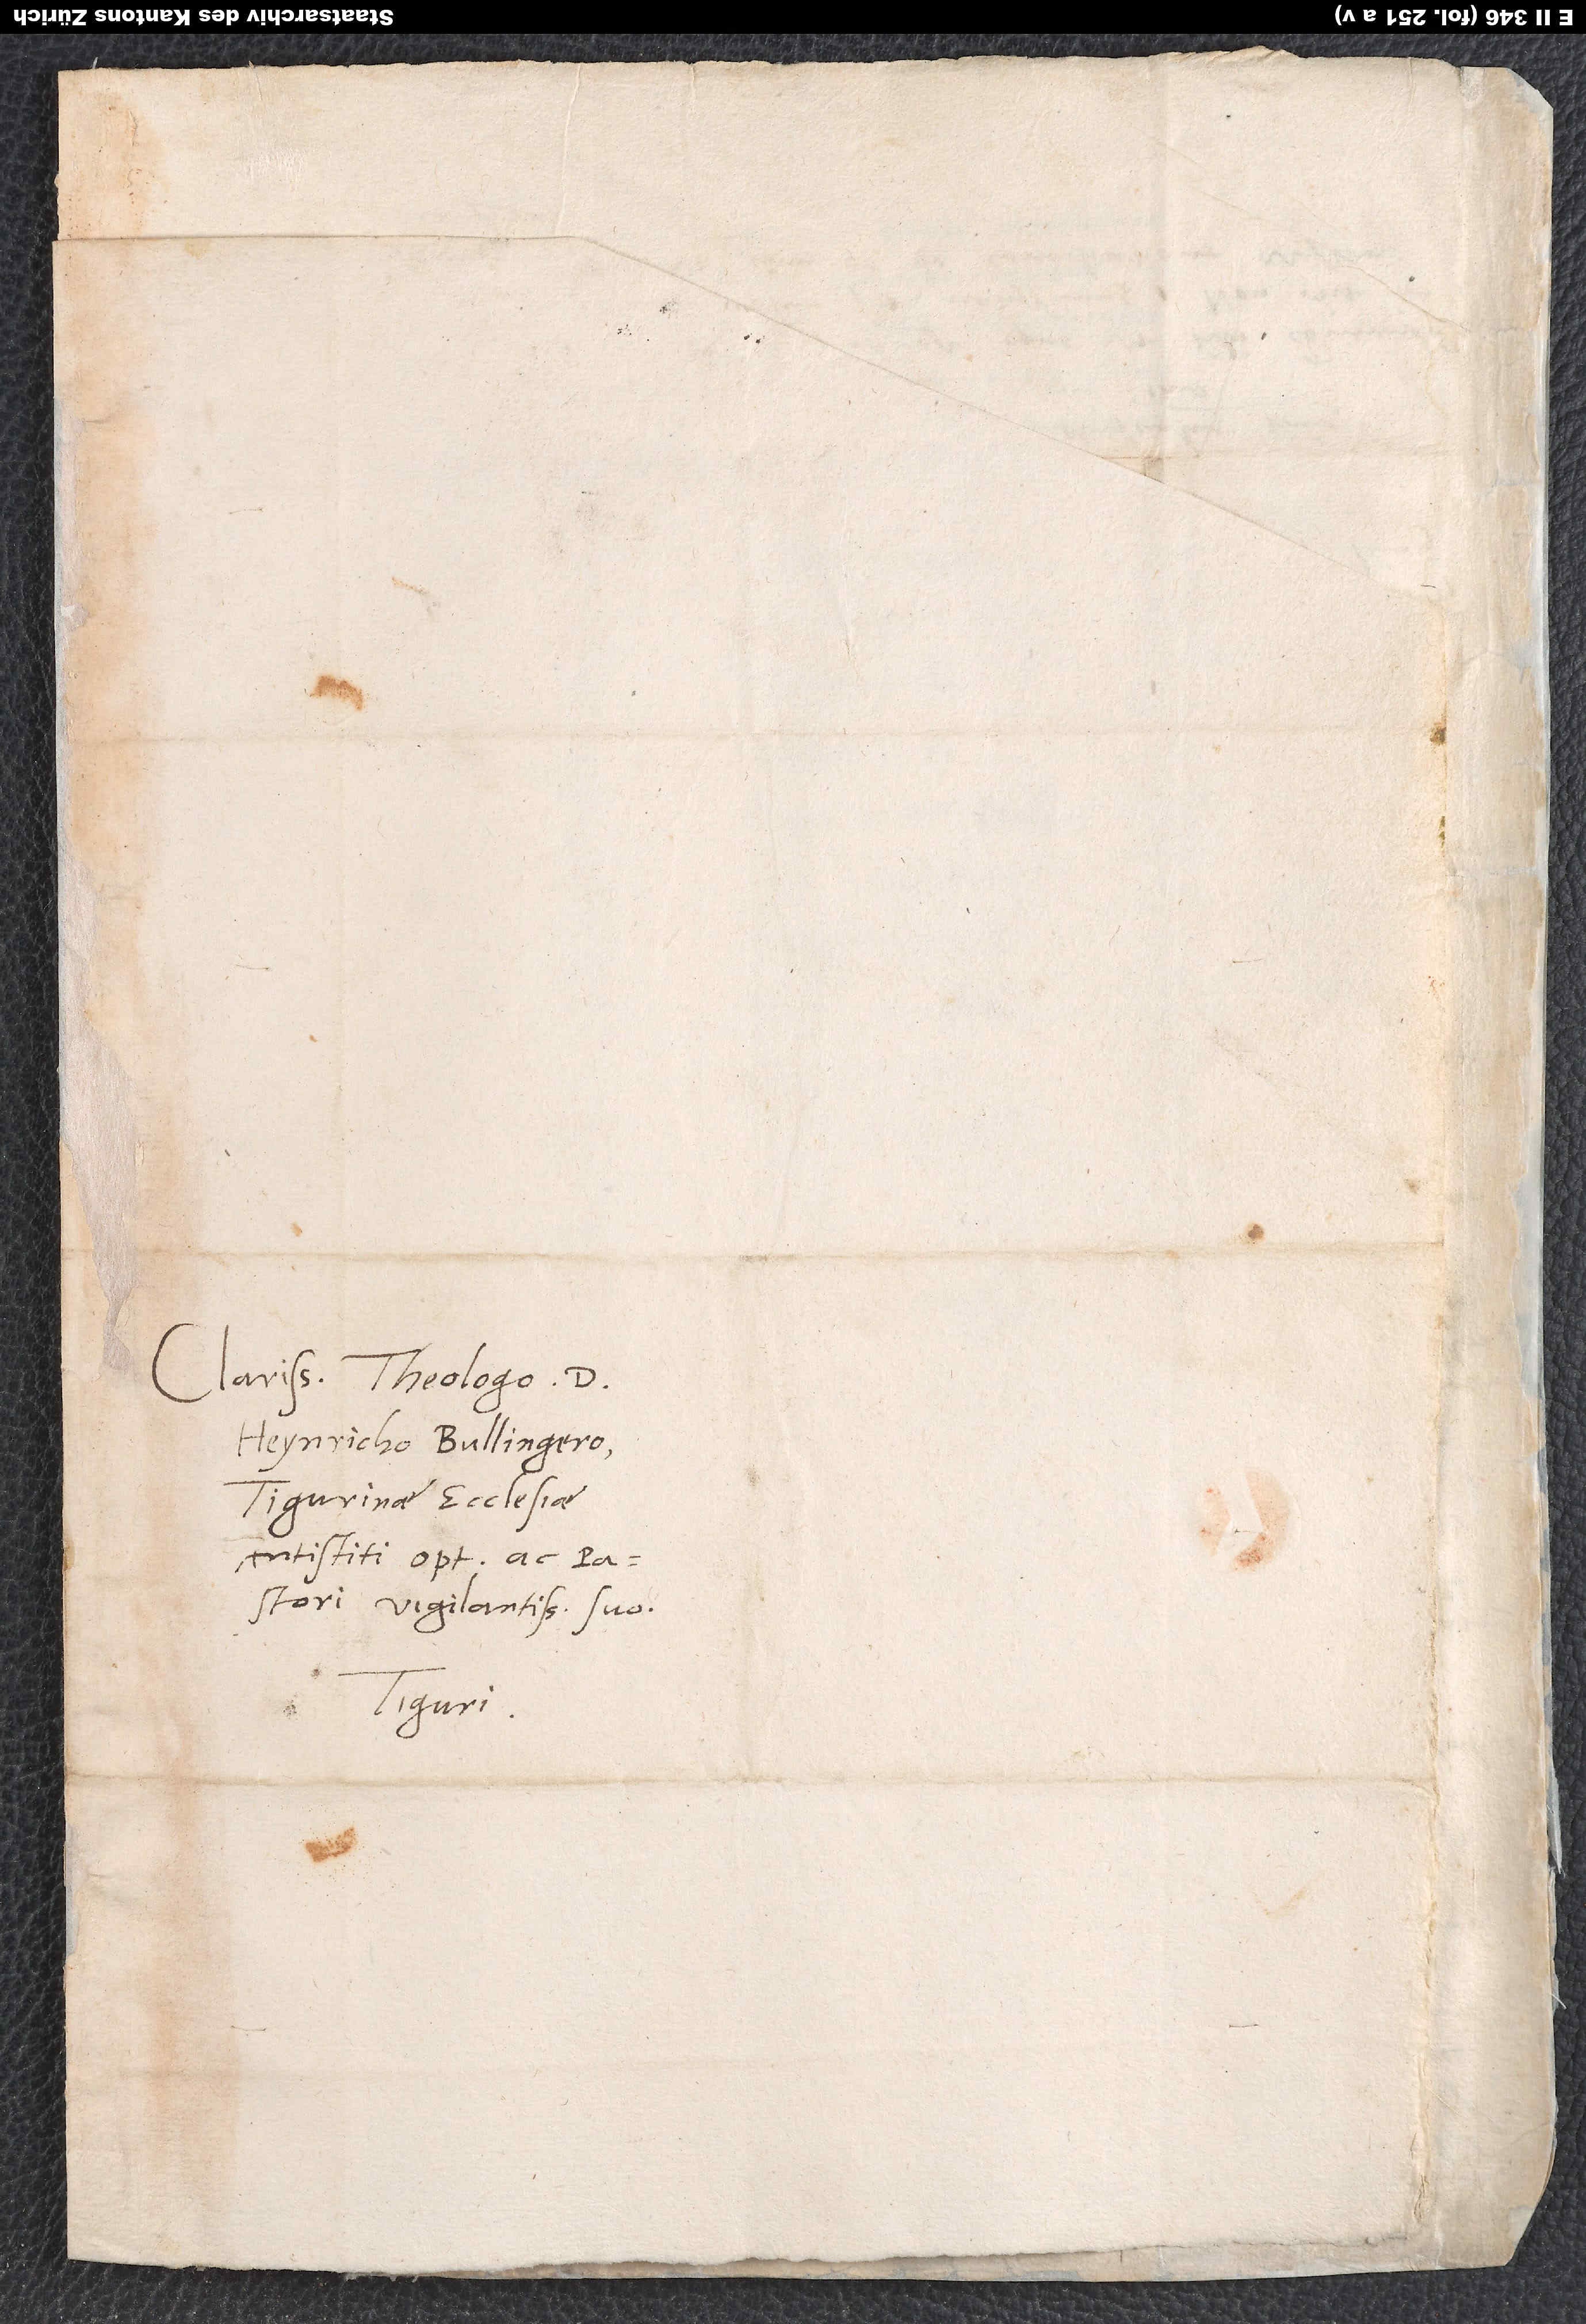
Clarissimo theologo D.
Heynricho Bullingero,
Tigurinae ecclesiae
antistiti optimo ac
vigilantissimo suo.
Tiguri.